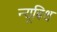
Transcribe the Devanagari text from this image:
न्यूबिथ